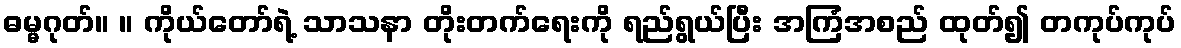
ဓမ္မဂုတ်။ ။ ကိုယ်တော်ရဲ့ သာသနာ တိုးတက်ရေးကို ရည်ရွယ်ပြီး အကြံအစည် ထုတ်၍ တကုပ်ကုပ်